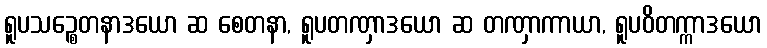
ရူပသဉ္စေတနာဒယော ဆ စေတနာ, ရူပတဏှာဒယော ဆ တဏှာကာယာ, ရူပဝိတက္ကာဒယော